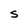
Character: S